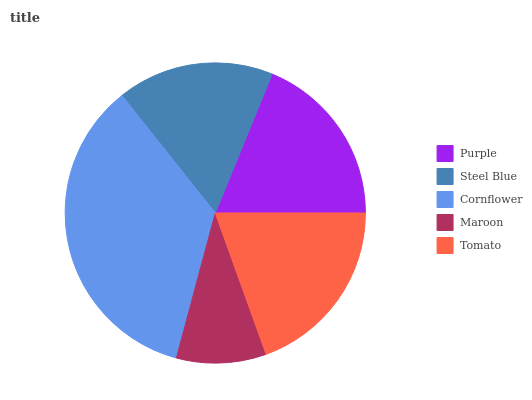
| Purple | Steel Blue | Cornflower | Maroon | Tomato |
 | --- | --- | --- | --- | --- |
 | 18.8% | 16.9% | 35.2% | 9.65% | 19.6% |